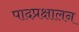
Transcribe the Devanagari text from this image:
पादप्रक्षालन